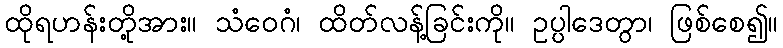
ထိုရဟန်းတို့အား။ သံဝေဂံ၊ ထိတ်လန့်ခြင်းကို။ ဥပ္ပါဒေတွာ၊ ဖြစ်စေ၍။